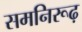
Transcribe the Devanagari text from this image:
समनिरूढ़